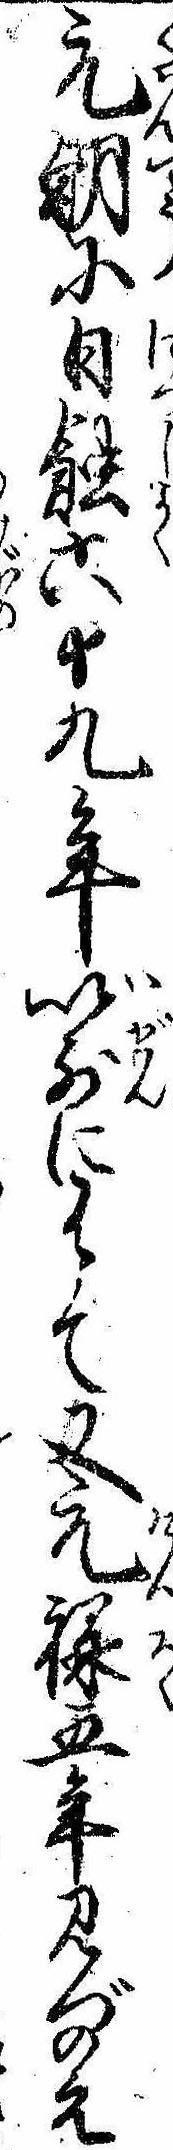
元朝に日蝕六十九年以前に有て又元禄五年みづのえ